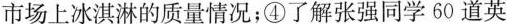
市场上冰淇淋的质量情况；④了解张强同学60道英